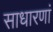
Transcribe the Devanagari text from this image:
साधारणां